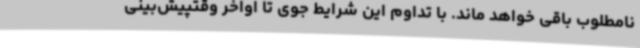
نامطلوب باقی خواهد ماند. با تداوم این شرایط جوی تا اواخر وقتپیش‌بینی